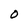
Character: o